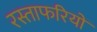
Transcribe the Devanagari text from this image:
रस्ताफरियों